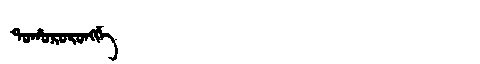
Manchu: ᡨᠣᡥᠣᡵᠣᡵᠣᠩᡤᡝ
Romanization: TOHORORONGGE